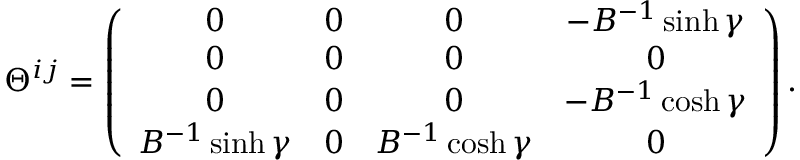
\Theta ^ { i j } = \left( \begin{array} { c c c c } { { 0 } } & { { 0 } } & { { 0 } } & { { - B ^ { - 1 } \sinh \gamma } } \\ { { 0 } } & { { 0 } } & { { 0 } } & { { 0 } } \\ { { 0 } } & { { 0 } } & { { 0 } } & { { - B ^ { - 1 } \cosh \gamma } } \\ { { B ^ { - 1 } \sinh \gamma } } & { { 0 } } & { { B ^ { - 1 } \cosh \gamma } } & { { 0 } } \end{array} \right) .